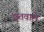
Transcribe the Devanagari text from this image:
छतवाले